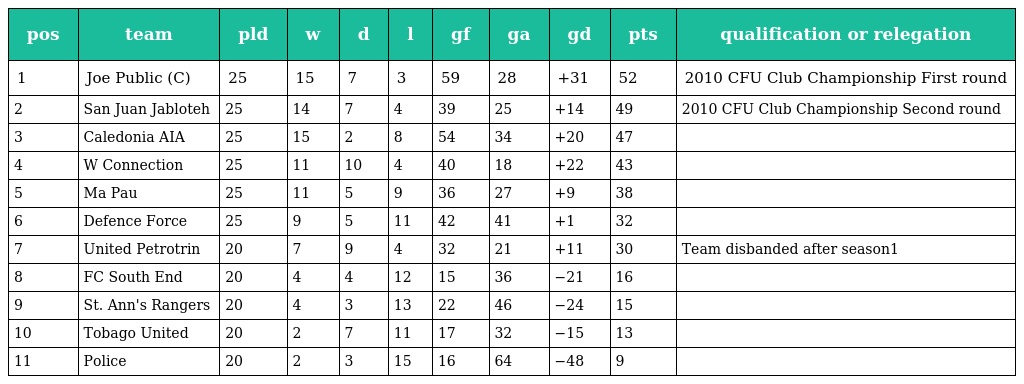
| pos | team | pld | w | d | l | gf | ga | gd | pts | qualification or relegation |
 | --- | --- | --- | --- | --- | --- | --- | --- | --- | --- | --- |
 | 1 | Joe Public (C) | 25 | 15 | 7 | 3 | 59 | 28 | +31 | 52 | 2010 CFU Club Championship First round |
 | 2 | San Juan Jabloteh | 25 | 14 | 7 | 4 | 39 | 25 | +14 | 49 | 2010 CFU Club Championship Second round |
 | 3 | Caledonia AIA | 25 | 15 | 2 | 8 | 54 | 34 | +20 | 47 |  |
 | 4 | W Connection | 25 | 11 | 10 | 4 | 40 | 18 | +22 | 43 |  |
 | 5 | Ma Pau | 25 | 11 | 5 | 9 | 36 | 27 | +9 | 38 |  |
 | 6 | Defence Force | 25 | 9 | 5 | 11 | 42 | 41 | +1 | 32 |  |
 | 7 | United Petrotrin | 20 | 7 | 9 | 4 | 32 | 21 | +11 | 30 | Team disbanded after season1 |
 | 8 | FC South End | 20 | 4 | 4 | 12 | 15 | 36 | −21 | 16 |  |
 | 9 | St. Ann's Rangers | 20 | 4 | 3 | 13 | 22 | 46 | −24 | 15 |  |
 | 10 | Tobago United | 20 | 2 | 7 | 11 | 17 | 32 | −15 | 13 |  |
 | 11 | Police | 20 | 2 | 3 | 15 | 16 | 64 | −48 | 9 |  |